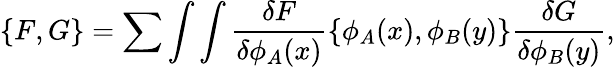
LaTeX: \{ F,G\} =\sum\int\int{\frac{\delta F}{\delta\phi_{A}(x)}}\{ \phi_{A}(x),\phi_{B}(y)\} {\frac{\delta G}{\delta\phi_{B}(y)}},